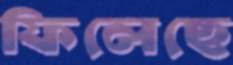
ফিলেছে